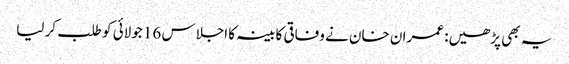
یہ بھی پڑھیں: عمران خان نے وفاقی کابینہ کا اجلاس 16 جولائی کو طلب کر لیا